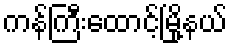
ကန်ကြီးထောင့်မြို့နယ်